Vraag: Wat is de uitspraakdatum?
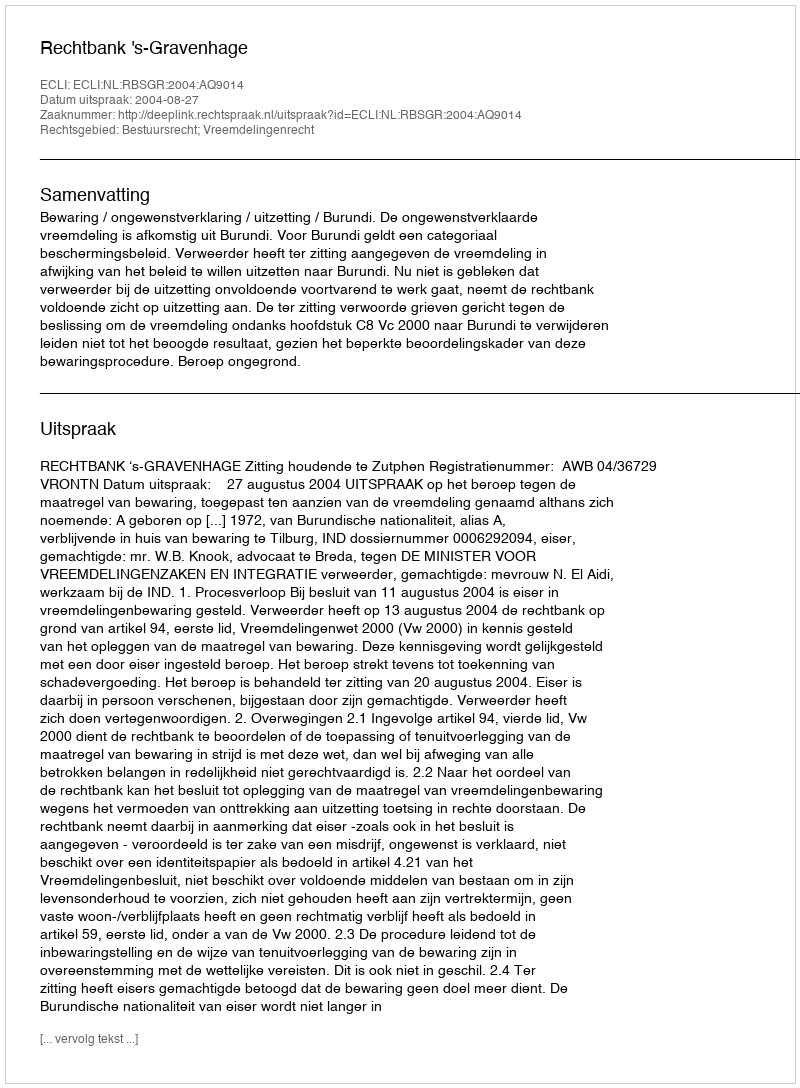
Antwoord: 2004-08-27